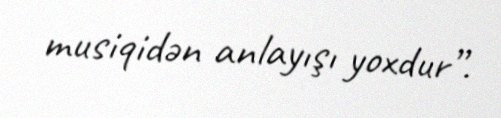
musiqidən anlayışı yoxdur”.